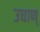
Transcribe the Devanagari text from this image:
उधाण्